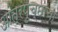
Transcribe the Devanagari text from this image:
आंत्रपुच्छाचा